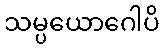
သမ္ပယောဂေါပိ